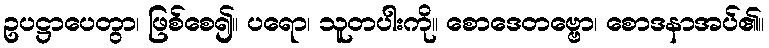
ဥပဋ္ဌာပေတွာ၊ ဖြစ်စေ၍။ ပရော၊ သူတပါးကို။ စောဒေတဗ္ဗော၊ စောဒနာအပ်၏။